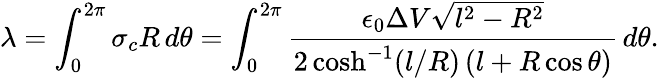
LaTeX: \lambda=\int_{0}^{2\pi}\sigma_{c}R\, d\theta=\int_{0}^{2\pi}\frac{\epsilon_{0}\Delta V\sqrt{l^{2}-R^{2}}}{2\cosh^{-1}(l/R)\, (l+R\cos\theta)}\, d\theta.